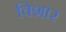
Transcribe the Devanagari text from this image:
विशार